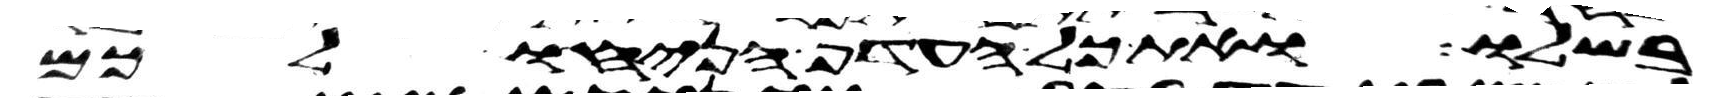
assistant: בשלו ואת כל העדף הניחו לכם